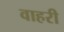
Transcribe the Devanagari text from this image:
वाहरी